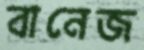
বানেজ